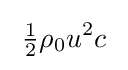
\;{\tfrac {1}{2}}\rho _{0}u^{2}c\;